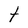
Character: t